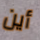
أين